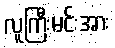
လူကြီးမင်းအား